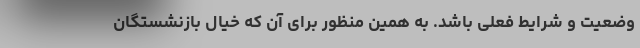
وضعیت و شرایط فعلی باشد. به همین منظور برای آن که خیال بازنشستگان